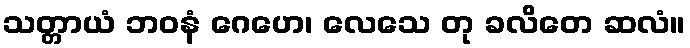
သတ္တာယံ ဘဝနံ ဂေဟေ၊ လေသေ တု ခလိတေ ဆလံ။